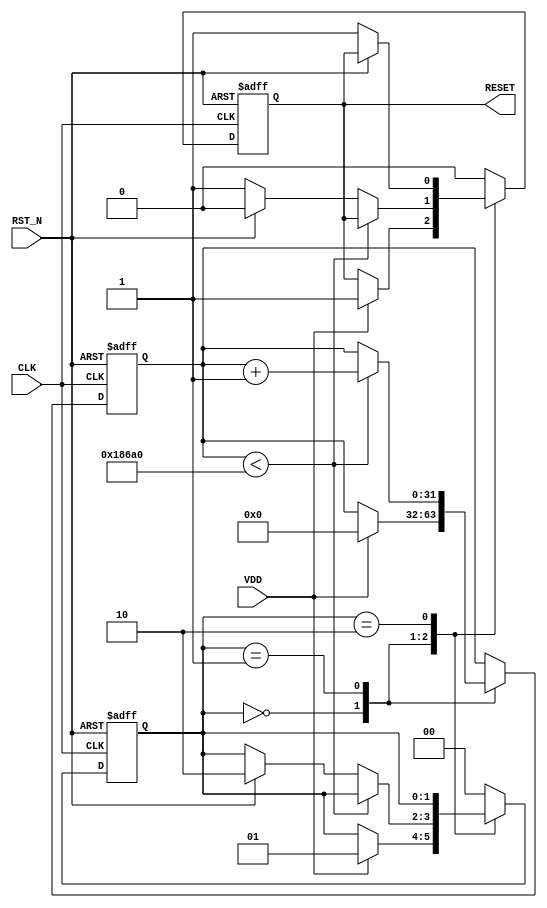
module PowerOnReset (
    input wire VDD,      // Power supply voltage
    input wire CLK,      // Clock signal
    input wire RST_N,    // Active low reset signal
    output reg RESET     // Active high reset signal
);

    // Parameters for timing
    parameter POWER_ON_RESET_DELAY = 100000; // Adjust this value as needed (in clock cycles)
    parameter DEBOUNCE_TIME = 50;             // Optional debounce time

    // State definitions
    reg [1:0] state;
    localparam IDLE = 2'b00;
    localparam RESET_ASSERTED = 2'b01;
    localparam RESET_DEASSERTED = 2'b10;

    reg [31:0] counter; // Counter for timing

    // Sequential logic for state management
    always @(posedge CLK or negedge RST_N) begin
        if (!RST_N) begin
            RESET <= 1'b1;  // Assert reset if RST_N is low
            state <= RESET_ASSERTED;
            counter <= 0;
        end else begin
            case (state)
                IDLE: begin
                    if (VDD) begin
                        RESET <= 1'b1; // Assert reset on power-on
                        counter <= 0;
                        state <= RESET_ASSERTED;
                    end
                end

                RESET_ASSERTED: begin
                    if (counter < POWER_ON_RESET_DELAY) begin
                        counter <= counter + 1; // Count until delay expires
                    end else if (!RST_N) begin
                        // Hold reset if external reset is active
                        RESET <= 1'b1;
                    end else begin
                        RESET <= 1'b0; // Deassert reset after delay
                        state <= RESET_DEASSERTED;
                    end
                end

                RESET_DEASSERTED: begin
                    if (!RST_N) begin
                        RESET <= 1'b1; // Hold reset high if RST_N is low
                    end
                end

                default: begin
                    RESET <= 1'b0;
                    state <= IDLE;
                end
            endcase
        end
    end

endmodule